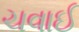
ચવાઈ